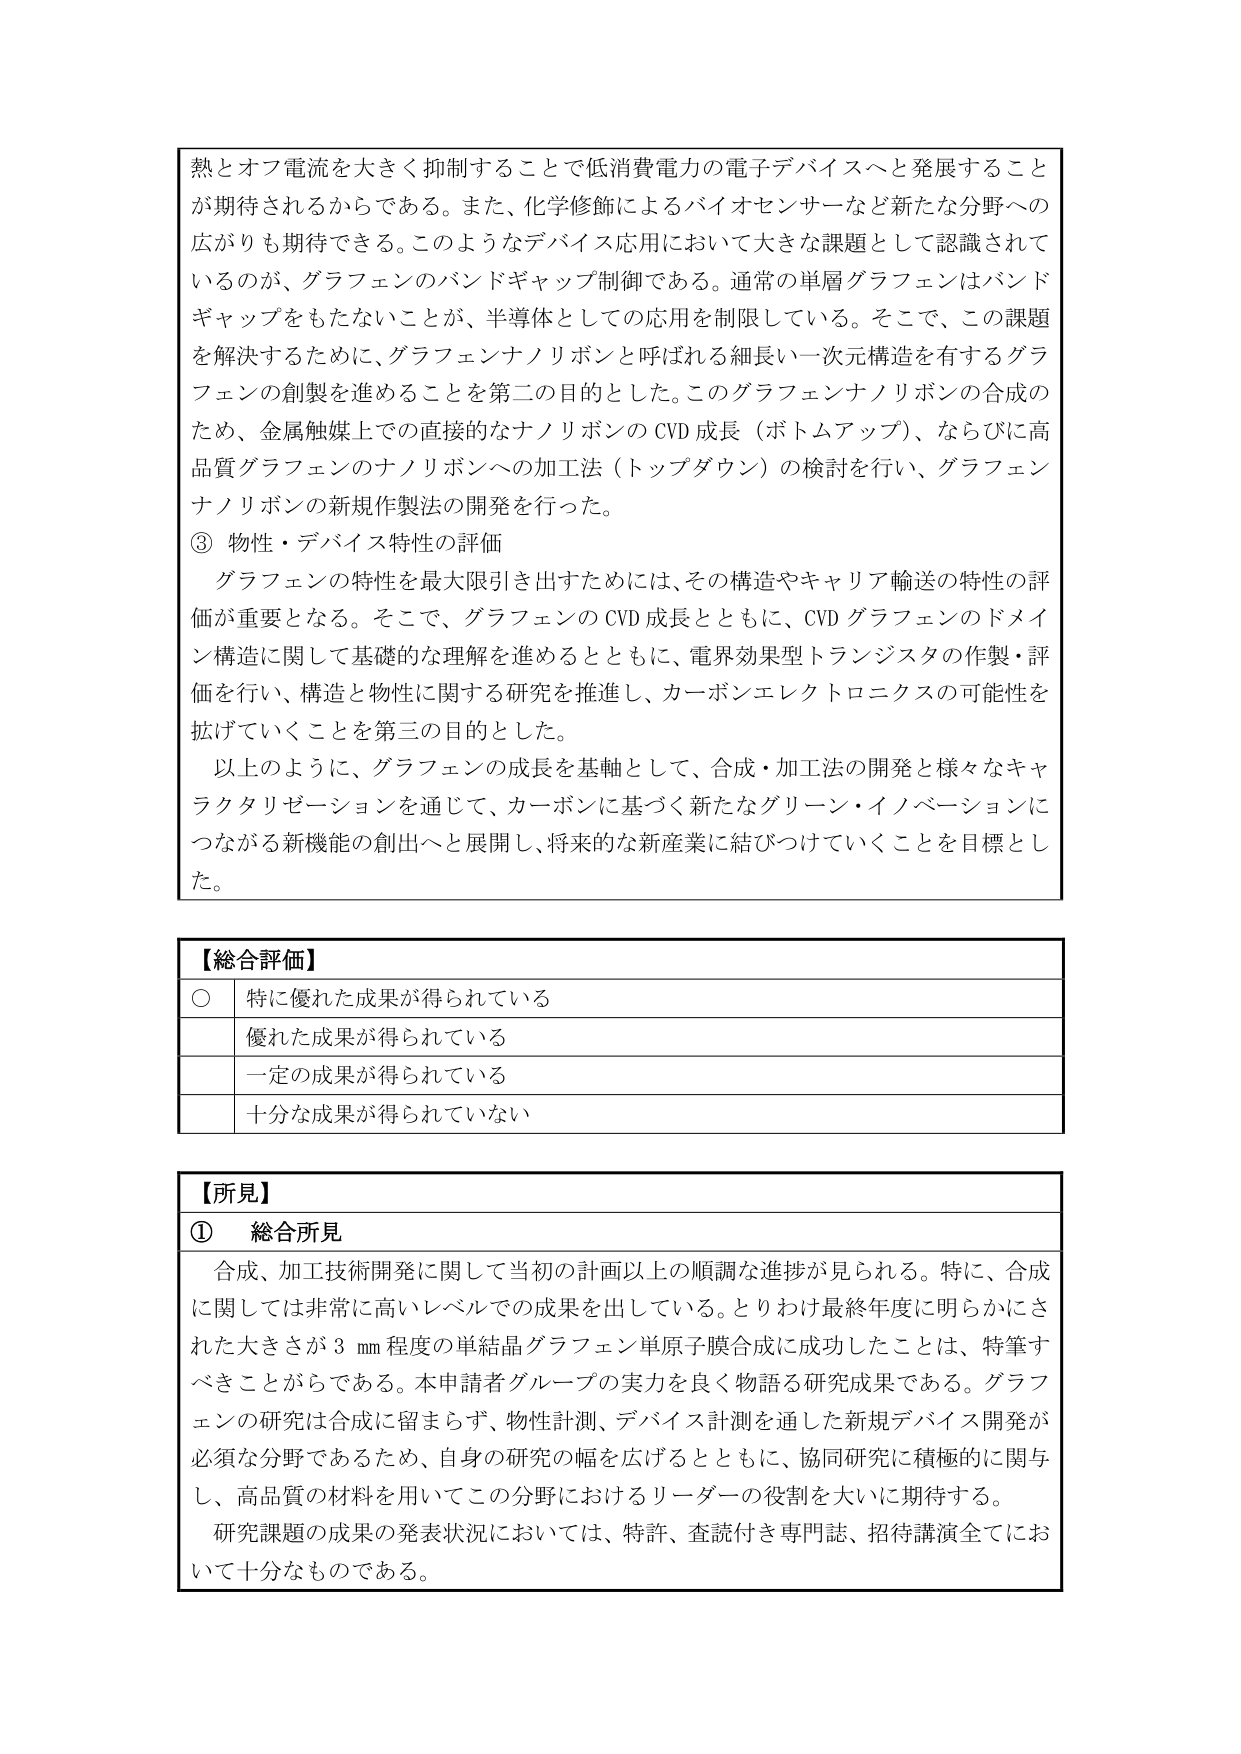
熱とオフ電流を大きく抑制することで低消費電力の電子デバイスへと発展することが期待されるからである。また、化学修飾によるバイオセンサーなど新たな分野への広がりも期待できる。このようなデバイス応用において大きな課題として認識されているのが、グラフェンのバンドギャップ制御である。通常の単層グラフェンはバンドギャップをもたないことが、半導体としての応用を制限している。そこで、この課題を解決するために、グラフェンナノリボンと呼ばれる細長い一次元構造を有するグラフェンの創製を進める事を第二の目的とした。このグラフェンナノリボンの合成のため、金属触媒上での直接的なナノリボンのCVD成長（ボトムアップ）、ならびに高品質グラフェンのナノリボンへの加工法（トップダウン）の検討を行い、グラフェンナノリボンの新規作製法の開発を行った。

③ 物性・デバイス特性の評価
グラフェンの特性を最大限引き出すためには、その構造やキャリア輸送の特性の評価が重要となる。そこで、グラフェンのCVD成長とともに、CVDグラフェンのドメイン構造に関して基礎的な理解を進めるとともに、電界効果型トランジスタの作製・評価を行い、構造と物性に関する研究を推進し、カーボンエレクトロニクスの可能性を拡げていくことを第三の目的とした。
以上のように、グラフェンの成長を基軸として、合成・加工法の開発と様々なキャラクタリゼーションを通じて、カーボンに基づく新たなグリーン・イノベーションにつながる新機能の創出へと展開し、将来的な新産業に結びつけていくことを目標とした。

【総合評価】
○ 特に優れた成果が得られている
　　優れた成果が得られている
　　一定の成果が得られている
　　十分な成果が得られていない

【所見】
① 総合所見
合成、加工技術開発に関して当初の計画以上の順調な進捗が見られる。特に、合成に関しては非常に高いレベルでの成果を出している。とりわけ最終年度に明らかにされた大きさが3 mm程度の単結晶グラフェン単原子膜合成に成功したことは、特筆すべきことである。本申請者グループの実力を良く物語る研究成果である。グラフェンの研究は合成に留まらず、物性計測、デバイス計測を通した新規デバイス開発が必須な分野であるため、自身の研究の幅を広げるとともに、協同研究に積極的に関与し、高品質の材料を用いてこの分野におけるリーダーの役割を大いに期待する。
研究課題の成果の発表状況においては、特許、査読付き専門誌、招待講演全てにおいて十分なものである。